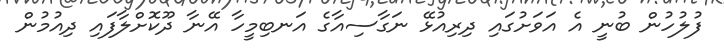
ފުލުހުން ބުނީ އެ އަވަށުގައި ދިރިއުޅޭ ނަގާސިއާގެ އަނބިމީހާ އޭނާ ދޫކޮށްލާފައި ދިއުމުން